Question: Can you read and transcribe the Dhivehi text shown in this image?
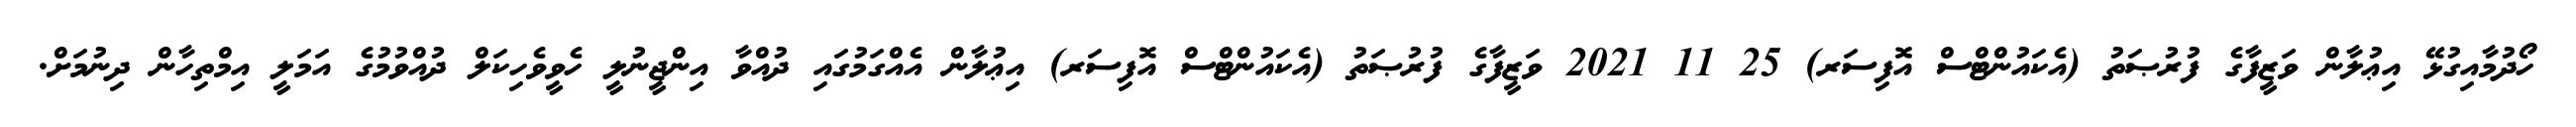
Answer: ހޯދުމާއިގުޅޭ އިޢުލާން ވަޒީފާގެ ފުރުޞަތު (އެކައުންޓްސް އޮފިސަރ) 25 11 2021 ވަޒީފާގެ ފުރުޞަތު (އެކައުންޓްސް އޮފިސަރ) އިޢުލާން އެއްގަމުގައި ދުއްވާ އިންޖީނުލީ ހެވީވެހިކަލް ދުއްވުމުގެ އަމަލީ އިމްތިހާން ދިނުމަށް.